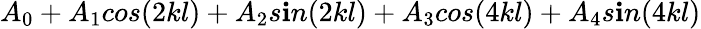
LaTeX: A_{0}+A_{1}cos(2kl)+A_{2}s\mathbf{i}n(2kl)+A_{3}cos(4kl)+A_{4}s\mathbf{i}n(4kl)